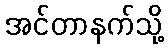
အင်တာနက်သို့